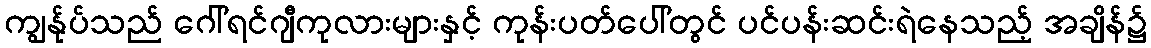
ကျွန်ုပ်သည် ဂေါ်ရင်ဂျီကုလားများနှင့် ကုန်းပတ်ပေါ်တွင် ပင်ပန်းဆင်းရဲနေသည့် အချိန်၌